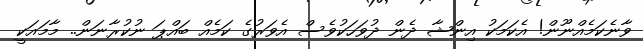
ވާނެކަމެއްނޫން! އެކަމަކު އިންޝާ ދެން ދުވަހަކުވެސް އެވަރުގެ ކަމެއް ބައްޕަ ނުކުރާނަން.. މާމައަކީ